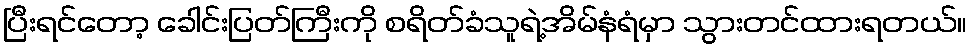
ပြီးရင်တော့ ခေါင်းပြတ်ကြီးကို စရိတ်ခံသူရဲ့အိမ်နံရံမှာ သွားတင်ထားရတယ်။